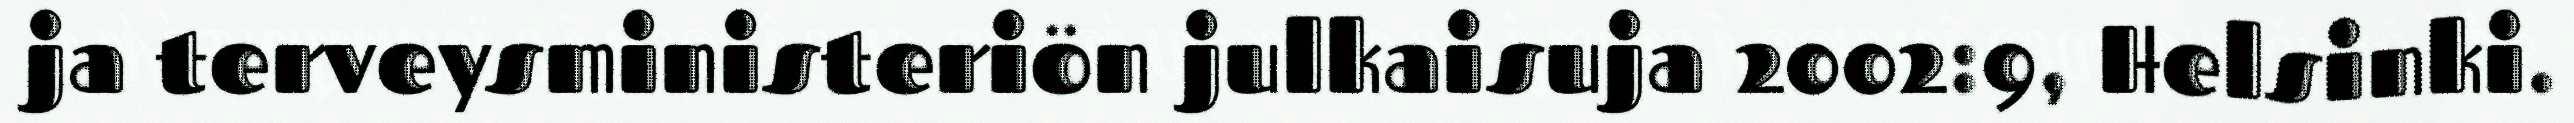
ja terveysministeriön julkaisuja 2002:9, Helsinki.